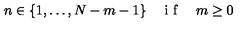
n \in \lbrace 1 , \ldots , N - m - 1 \rbrace \quad \textrm { i f } \quad m \geq 0